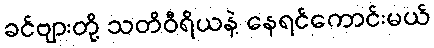
ခင်ဗျားတို့ သတိဝီရိယနဲ့ နေရင်ကောင်းမယ်